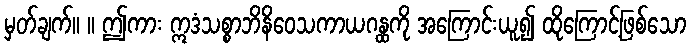
မှတ်ချက်။ ။ ဤကား ဣဒံသစ္စာဘိနိဝေသကာယဂန္ထကို အကြောင်းယူ၍ ထိုကြောင့်ဖြစ်သော